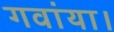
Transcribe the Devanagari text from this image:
गवांया।